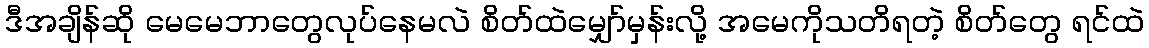
ဒီအချိန်ဆို မေမေဘာတွေလုပ်နေမလဲ စိတ်ထဲမျှော်မှန်းလို့ အမေကိုသတိရတဲ့ စိတ်တွေ ရင်ထဲ